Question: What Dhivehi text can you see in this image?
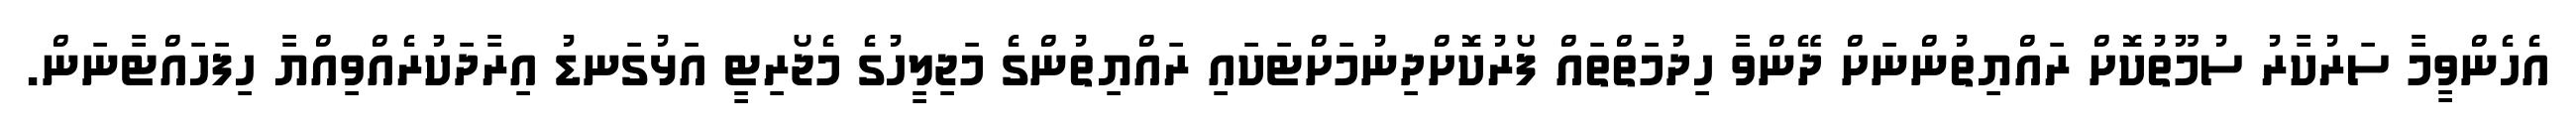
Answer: އެހެންވީމާ ސަރުކާރު ސުމޫތުކޮށް ރައްޔިތުންނަށް ދޭންވާ ހިދުމަތްތައް ފޯރުކޮށްދިނުމަށްޓަކައި ރައްޔިތުންގެ މަޖިލީހުގެ މެޖޯރިޓީ އަޅުގަނޑު އިރާދަކުރެއްވިއްޔާ ހިފަހައްޓާނަން.